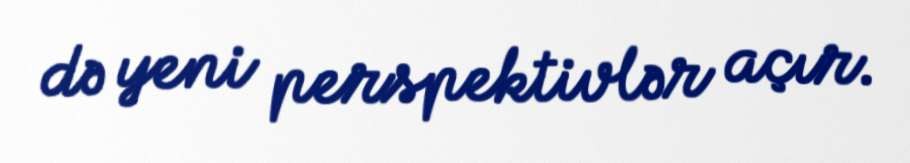
də yeni perspektivlər açır.